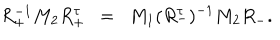
R _ { + } ^ { - 1 } M _ { 2 } R _ { + } ^ { \tau } ~ ~ = ~ { } ~ M _ { 1 } ( R _ { - } ^ { \tau } ) ^ { - 1 } M _ { 2 } R _ { - } .